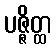
ပဇ္ဇိတ္ထ